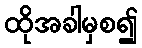
ထိုအခါမှစ၍